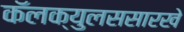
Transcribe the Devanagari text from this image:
कॅलक्युलससारखे